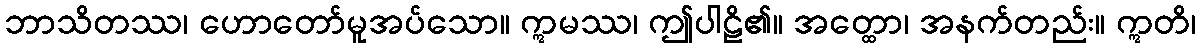
ဘာသိတဿ၊ ဟောတော်မူအပ်သော။ ဣမဿ၊ ဤပါဠိ၏။ အတ္ထော၊ အနက်တည်း။ ဣတိ၊